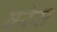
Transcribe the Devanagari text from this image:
वरेस